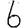
Digit: 6